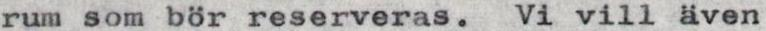
rum som bör reserveras.  Vi vill även